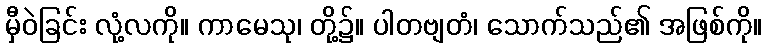
မှီဝဲခြင်း လုံ့လကို။ ကာမေသု၊ တို့၌။ ပါတဗျတံ၊ သောက်သည်၏ အဖြစ်ကို။